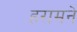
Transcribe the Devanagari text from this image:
हरामने